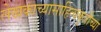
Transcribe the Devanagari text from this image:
लेखकाच्यासाहित्यकृतीच्या